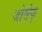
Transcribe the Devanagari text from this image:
जोसेफ्